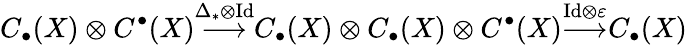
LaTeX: C_{\bullet}(X)\otimes C^{\bullet}(X){\overset{\Delta_{*}\otimes\mathrm{Id}}{\longrightarrow}}C_{\bullet}(X)\otimes C_{\bullet}(X)\otimes C^{\bullet}(X){\overset{\mathrm{Id}\otimes\varepsilon}{\longrightarrow}}C_{\bullet}(X)